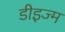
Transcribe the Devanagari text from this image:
डीइज्म